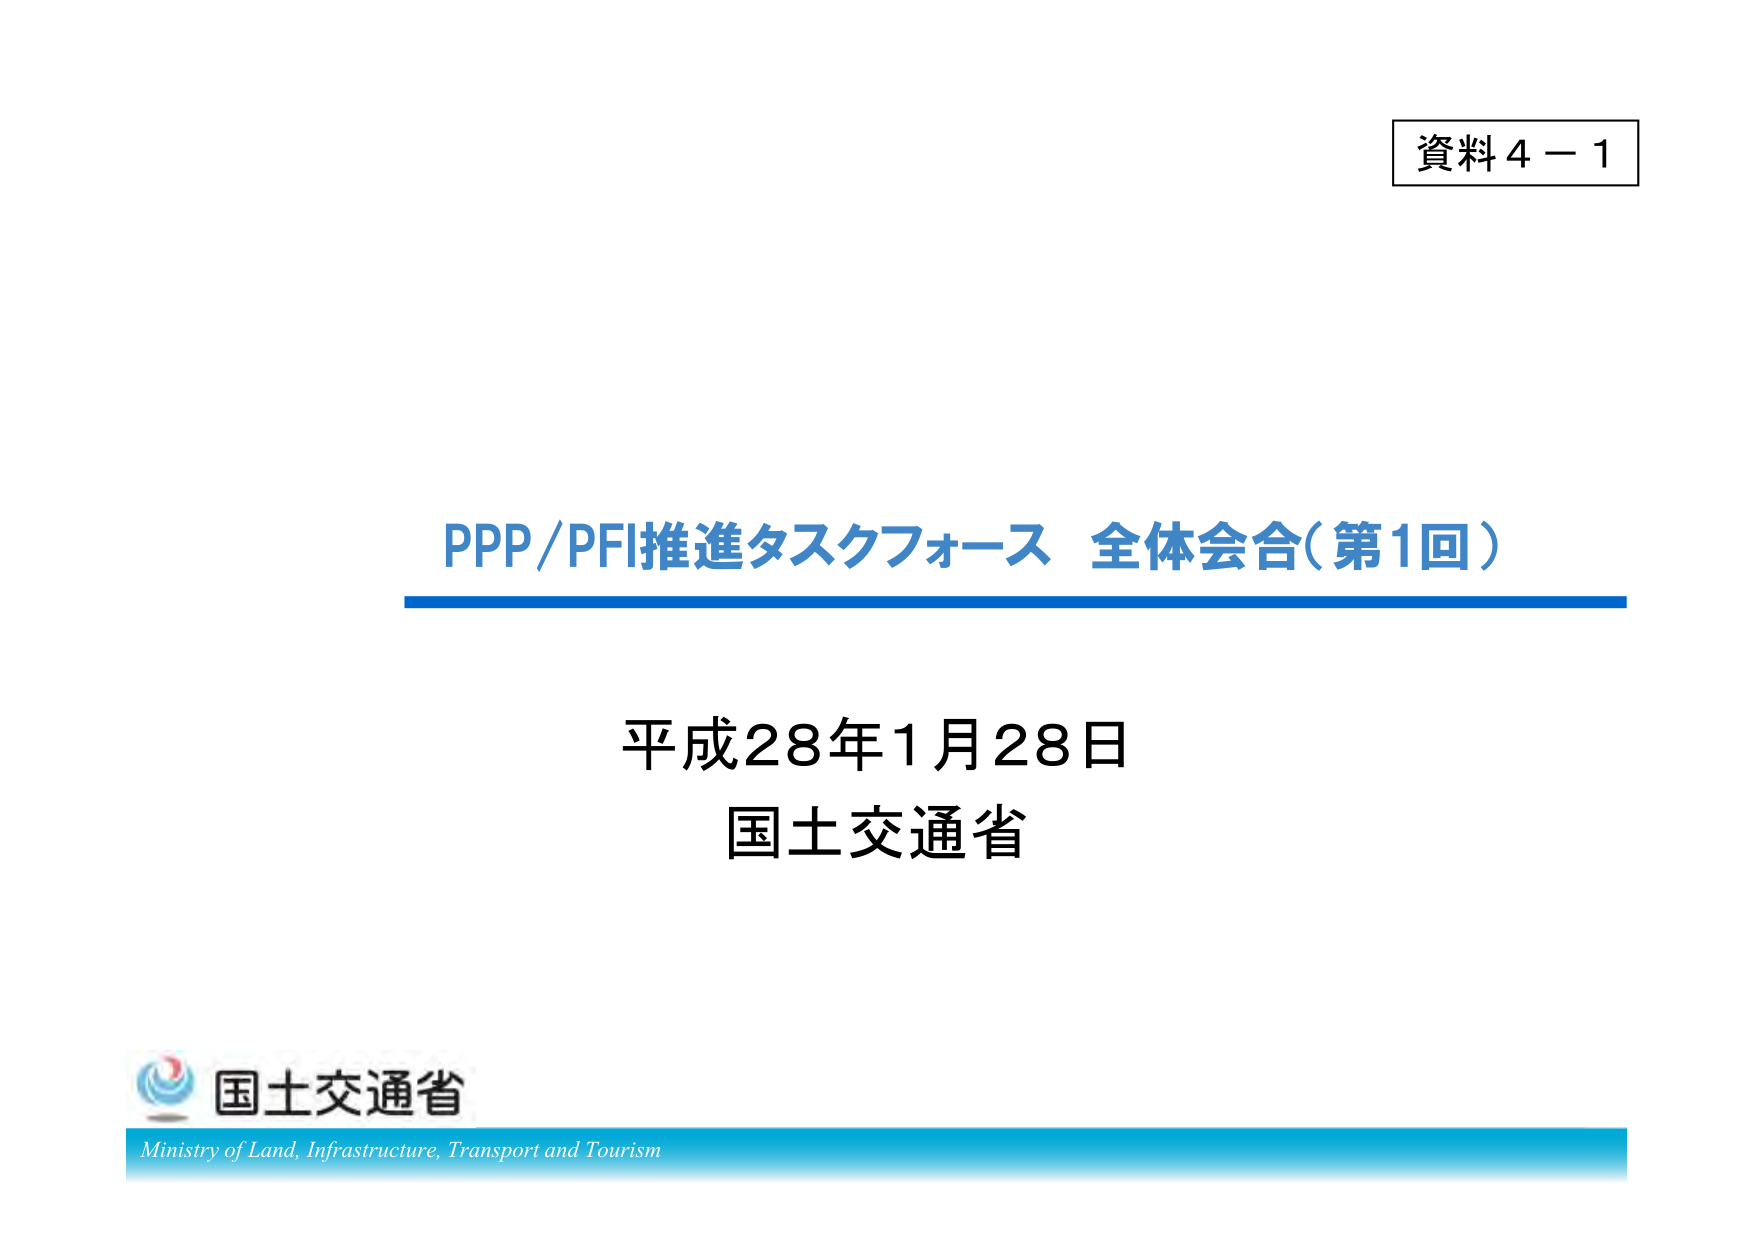
資料４－１

PPP/PFI推進タスクフォース 全体会合（第1回）

平成28年1月28日
国土交通省

国土交通省
Ministry of Land, Infrastructure, Transport and Tourism